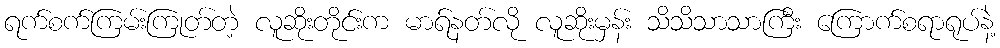
ရက်စက်ကြမ်းကြုတ်တဲ့ လူဆိုးတိုင်းက မာရ်နတ်လို လူဆိုးမှန်း သိသိသာသာကြီး ကြောက်စရာရုပ်နဲ့